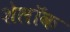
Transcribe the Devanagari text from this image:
शेलॉक